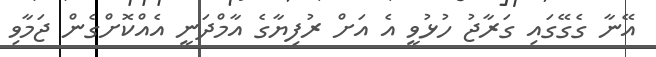
އޭނާ ގެގޭގައި ގަރާޖު ހުޅުވީ އެ އަށް ރުފިޔާގެ އާމްދަނީ އެއްކޮށްގެން ޖަމާވި